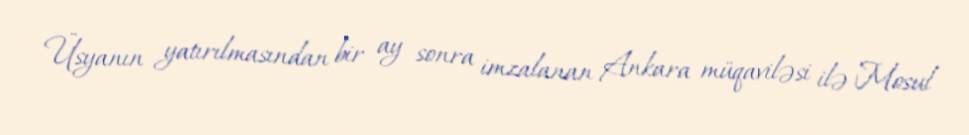
Üsyanın yatırılmasından bir ay sonra imzalanan Ankara müqaviləsi ilə Mosul